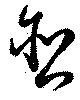
含